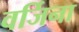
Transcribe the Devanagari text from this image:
वर्जिना